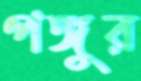
পঙ্গুর